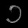
Digit: ၁